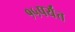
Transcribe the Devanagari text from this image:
१५पर्यंत